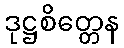
ဒုဋ္ဌစိတ္တေန